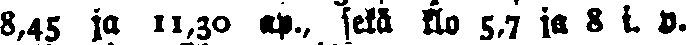
8,45 ja 11,30 op., sekä klo 5,7 ja 8 i. p.